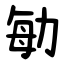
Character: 勄